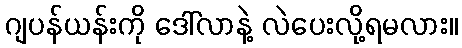
ဂျပန်ယန်းကို ဒေါ်လာနဲ့ လဲပေးလို့ရမလား။